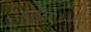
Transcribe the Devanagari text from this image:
पुराविदः॥३३॥